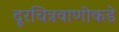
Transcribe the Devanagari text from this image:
दूरचित्रवाणीकडे